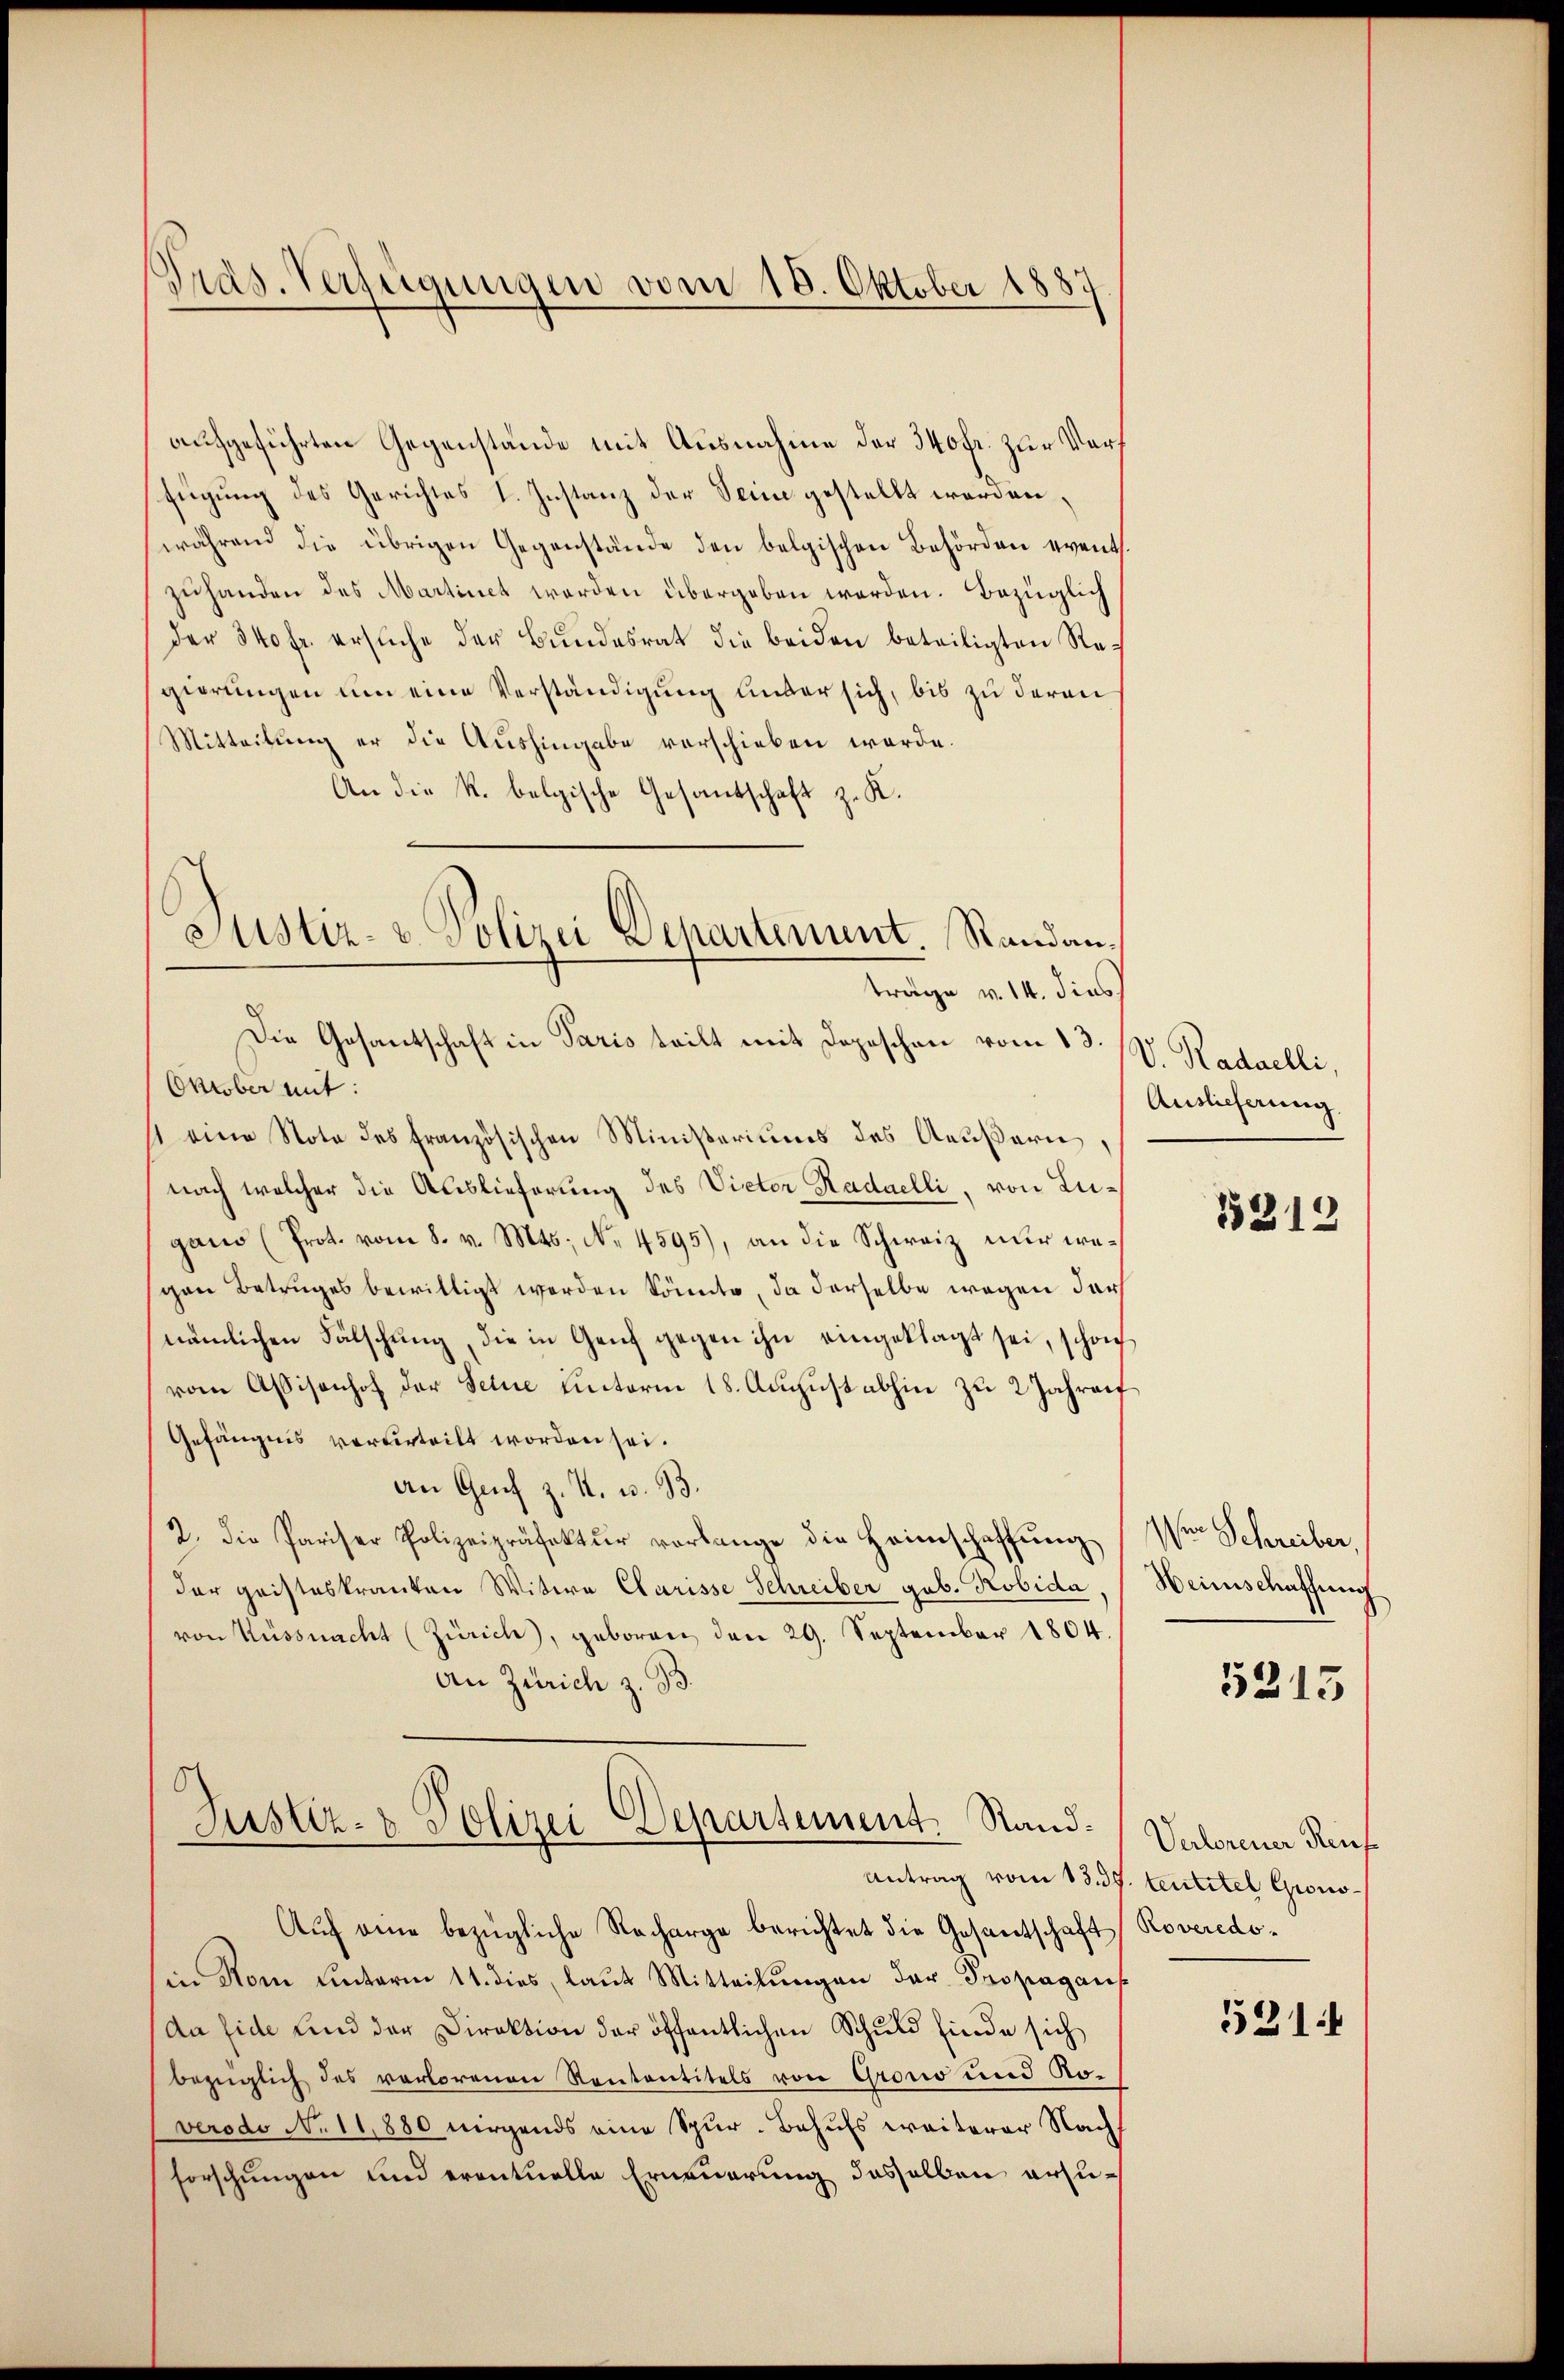
Pras. Verfügungen vom 18. Oktober 1887

aufgeführten Gegenstände mit Ausnahme der 340fr. zur Vorf
fügung des Gerichtes I. Instanz der Seine gestellt werden,
während die übrigen Gegenstände den belgischen Behörden event.
zuhanden des Martinet werden übergeben werden. Bezüglich
der 340 fr. ersŭche der Bŭndesrat die beiden beteiligten Regierungen um eine Verständigung unter sich, bis zu deren
Mitteilung er die Aushingabe verschieben werde.
An die k. belgische Gesandschaft z. K.
Oktober mit:
st eine Note des französischen Ministeriums des Aeußern,
nach welcher die Auslieferung des Victor Radaelli, von Lugand (Prot. vom 8. v. Mts. No. 4595), an die Schweiz nur wegen Betruges bewilligt werden könnte, da derselbe wegen darf
nämlichen Fälschung, die in Genf gegen ihn eingeklagt sei, schon
vom Assisenhof der Feine unterm 18. August abhin zu 2 Jahren
Gefängnis verurteilt worden sei.
an Genf z. Z. u. 93.
2. die Pariser Polizeipräfektŭr verlange die Heimschaffŭng Wer Schreiber,
der geisteskranten Witwe Clarisse Schreiber geb. Pobida,
von Küssnacht (Zürich), geboren den 29. September 1804.
An Zürich z. B.
)
Justiz- & Polizei-Departement. Sand¬

Justiz- u. Polizei Departement Randanträge v. 14. dies
Die Gesantschaft in Paris teilt mit Depeschen vom 13. IV. Radaelli,

Auslieferung

Auf eine bezügliche Recharge berichtet die Gesantschaft Roveredoin Rom unterm 11. dies, laut Mitteilungen der Propaganf
da Eide und der Direktion der öffentlichen Schuld finde sich
bezüglich des verlorenen Rententitels von Grono und Ro-
verodo No 11,880 nirgends eine Spur. Behufs weiterer Nach
forschungen und eventuelle Erneuerung daselben ersu¬

15312

Weinschaffung

5215

Verlorener Reif
Antrag vom 13. 37. tentitel Grono¬

521